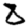
Digit: 8